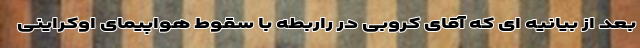
بعد از بیانیه ای که آقای کروبی در راربطه با سقوط هواپیمای اوکراینی